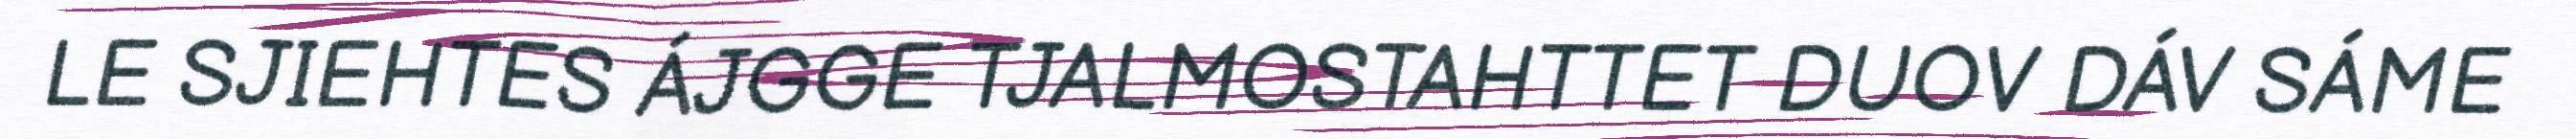
LE SJIEHTES ÁJGGE TJALMOSTAHTTET DUOV DÁV SÁME